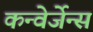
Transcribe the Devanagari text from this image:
कन्वेर्जेन्स